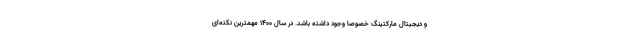
و دیجیتال مارکتینگ خصوصاً وجود داشته باشد. در سال ۱۴۰۰ مهمترین نکته‌ای